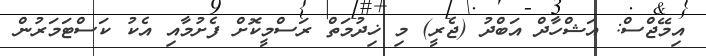
އިމޭޖްސް: އަޝްހާދް އަބްދު (ޖެރީ) މި ޚިދުމަތް ރަސްމީކޮށް ފެށުމާއި އެކު ކަސްޓަމަރުން